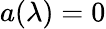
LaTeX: a(\lambda)=0